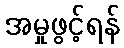
အမှုဖွင့်ရန်